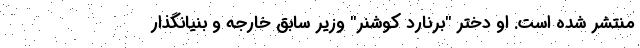
منتشر شده است. او دختر "برنارد کوشنر" وزیر سابق خارجه و بنیانگذار